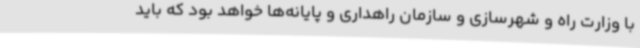
با وزارت راه و شهرسازی و سازمان راهداری و پایانه‌ها خواهد بود که باید